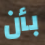
بأن